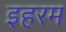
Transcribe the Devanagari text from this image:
इहरम